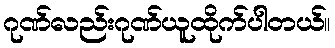
ဂုဏ်လည်းဂုဏ်ယူထိုက်ပါတယ်။